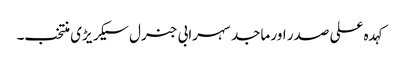
کہد ہ علی صدر اور ماجد سہرابی جنرل سیکر یڑی منتخب۔